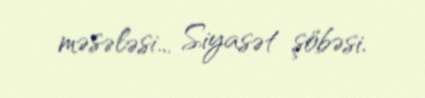
məsələsi... Siyasət şöbəsi.